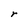
Character: r